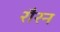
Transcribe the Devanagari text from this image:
रौरन